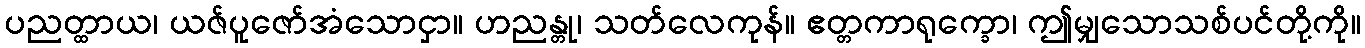
ပညတ္ထာယ၊ ယဇ်ပူဇော်အံသောငှာ။ ဟညန္တု၊ သတ်လေကုန်။ ဧတ္တကာရုက္ခော၊ ဤမျှသောသစ်ပင်တို့ကို။